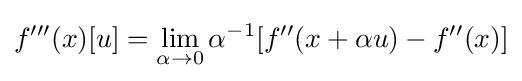
f'''(x)[u]=\lim _{\alpha \to 0}\alpha ^{-1}[f''(x+\alpha u)-f''(x)]